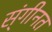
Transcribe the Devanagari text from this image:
स्ंगीनत